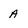
Character: A